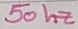
Text: 50 hz